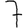
Digit: 7